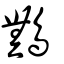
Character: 鷡